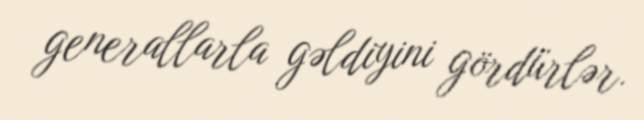
generallarla gəldiyini gördürlər.